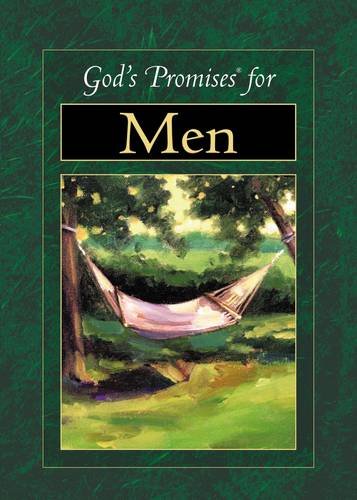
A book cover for God's Promises for Men; Jack Countryman; Christian Books & Bibles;